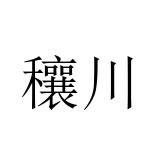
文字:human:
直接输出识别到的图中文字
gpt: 穰川